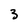
Character: 3